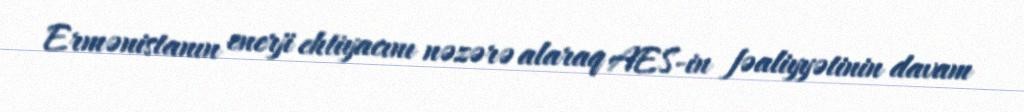
Ermənistanın enerji ehtiyacını nəzərə alaraq AES-in fəaliyyətinin davam